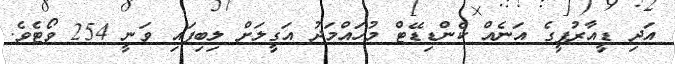
އަދި ޑީއާރުޕީގެ އަނެއް ކެންޑިޑޭޓް މުހައްމަދު އަގީލަށް ލިބިފައި ވަނީ 254 ވޯޓެވެ.